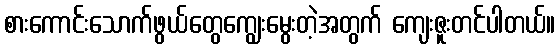
စားကောင်းသောက်ဖွယ်တွေကျွေးမွေးတဲ့အတွက် ကျေးဇူးတင်ပါတယ်။